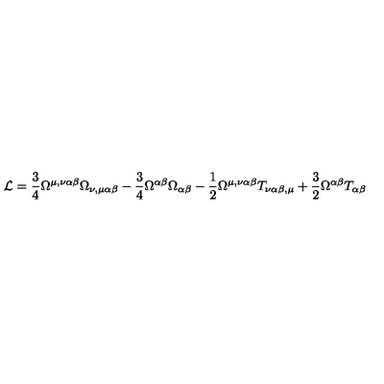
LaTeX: { \cal L } = \frac { 3 } { 4 } \Omega ^ { \mu , \nu \alpha \beta } \Omega _ { \nu , \mu \alpha \beta } - \frac { 3 } { 4 } \Omega ^ { \alpha \beta } \Omega _ { \alpha \beta } - \frac { 1 } { 2 } \Omega ^ { \mu , \nu \alpha \beta } T _ { \nu \alpha \beta , \mu } + \frac { 3 } { 2 } \Omega ^ { \alpha \beta } T _ { \alpha \beta }